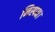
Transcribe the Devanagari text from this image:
निस्पक्ष।